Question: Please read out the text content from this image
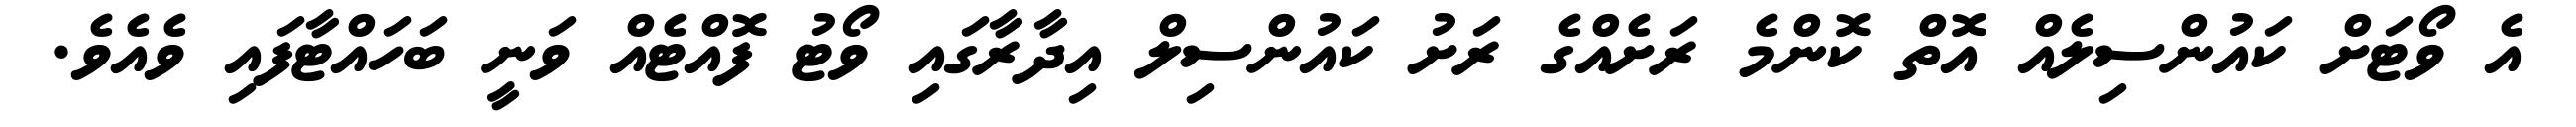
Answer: އެ ވޯޓަށް ކައުންސިލެއް އޮތް ކޮންމެ ރަށެއްގެ ރަށު ކައުންސިލް އިދާރާގައި ވޯޓު ފޮއްޓެއް ވަނީ ބަހައްޓާފައި ވެއެވެ.